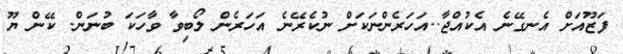
ފަޒޫއަށް އެނގޭނެ އެކުއްޖާ..އަހަރެންނަކަށް ނުކެރޭނެ އަހަރެން ލޯބިވާ ވާހަކަ ބުނަން. ކޭން ޔޫ